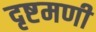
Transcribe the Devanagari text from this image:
दृष्टमणी